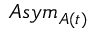
A s y m _ { A ( t ) }